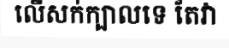
លើសក់ក្បាលទេ តែវា